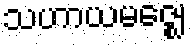
သဟာယမဇ္ဈေ